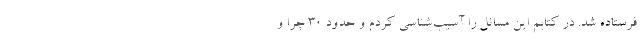
فرستاده شد. در کتابم این مسائل را آسیب‌شناسی کردم و حدود ۳۰ چرا و